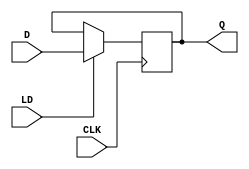
module d_flip_flop(
    input D,
    input CLK,
    input LD,
    output reg Q
);

always @(posedge CLK) begin
    if(LD == 1'b1) begin
        Q <= D;
    end
end

endmodule